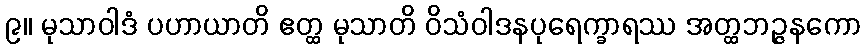
၉။ မုသာဝါဒံ ပဟာယာတိ ဧတ္ထ မုသာတိ ဝိသံဝါဒနပုရေက္ခာရဿ အတ္ထဘဉ္ဇနကော